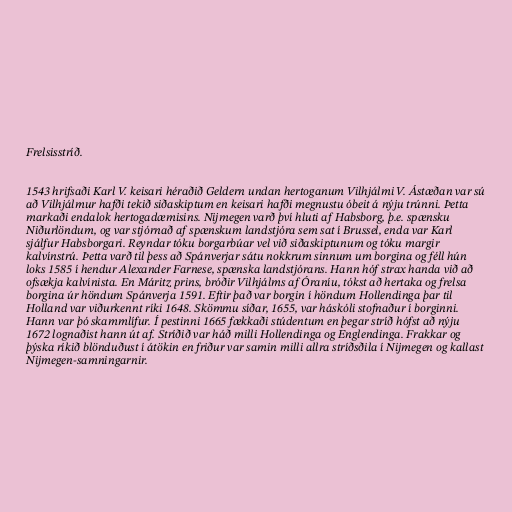
Frelsisstríð.

1543 hrifsaði Karl V. keisari héraðið Geldern undan hertoganum Vilhjálmi V. Ástæðan var sú
að Vilhjálmur hafði tekið siðaskiptum en keisari hafði megnustu óbeit á nýju trúnni. Þetta
markaði endalok hertogadæmisins. Nijmegen varð því hluti af Habsborg, þ.e. spænsku
Niðurlöndum, og var stjórnað af spænskum landstjóra sem sat í Brussel, enda var Karl
sjálfur Habsborgari. Reyndar tóku borgarbúar vel við siðaskiptunum og tóku margir
kalvínstrú. Þetta varð til þess að Spánverjar sátu nokkrum sinnum um borgina og féll hún
loks 1585 í hendur Alexander Farnese, spænska landstjórans. Hann hóf strax handa við að
ofsækja kalvínista. En Máritz prins, bróðir Vilhjálms af Óraníu, tókst að hertaka og frelsa
borgina úr höndum Spánverja 1591. Eftir það var borgin í höndum Hollendinga þar til
Holland var viðurkennt ríki 1648. Skömmu síðar, 1655, var háskóli stofnaður í borginni.
Hann var þó skammlífur. Í pestinni 1665 fækkaði stúdentum en þegar stríð hófst að nýju
1672 lognaðist hann út af. Stríðið var háð milli Hollendinga og Englendinga. Frakkar og
þýska ríkið blönduðust í átökin en friður var samin milli allra stríðsðila í Nijmegen og kallast
Nijmegen-samningarnir.